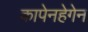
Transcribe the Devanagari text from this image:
कापेनहेगेन